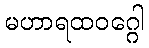
မဟာရထဝဂ္ဂေါ